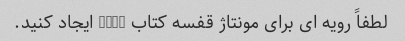
لطفاً رویه ای برای مونتاژ قفسه کتاب ikea ایجاد کنید.